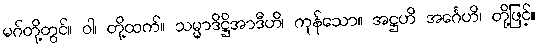
မဂ်တို့တွင်။ ဝါ၊ တို့ထက်။ သမ္မာဒိဋ္ဌိအာဒီဟိ၊ ကုန်သော။ အဋ္ဌဟိ အင်္ဂေဟိ၊ တို့ဖြင့်။